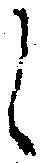
候